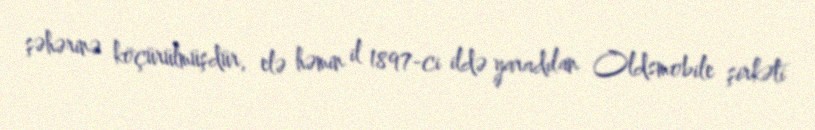
şəhərinə köçürülmüşdür, elə həmin il 1897-ci ildə yaradılan Oldsmobile şirkəti